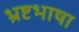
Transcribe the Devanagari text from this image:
भ्रष्टभाषा